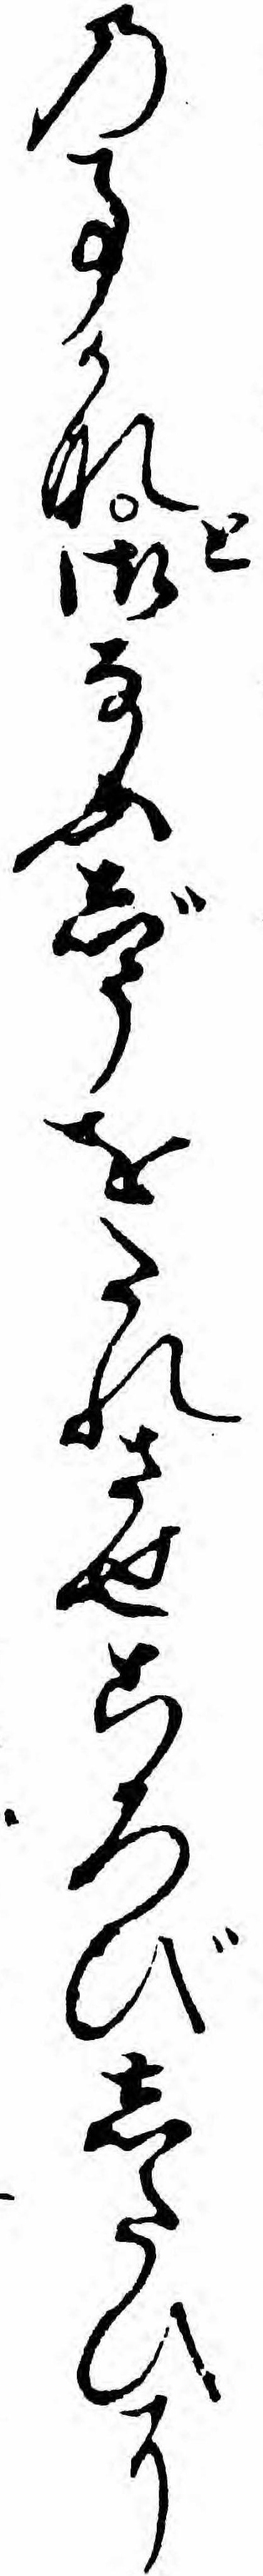
の事かなと御なふじうをたれさせころびしたひに